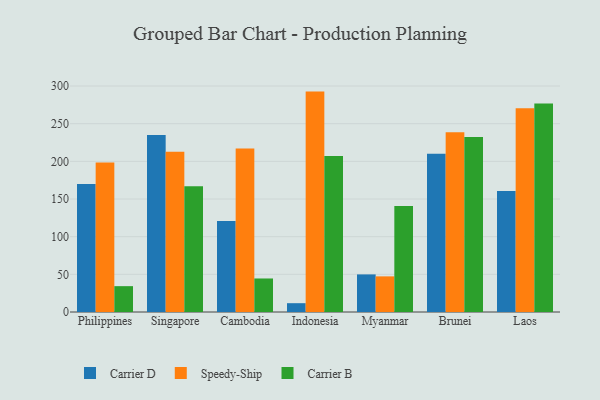
{"axis": {"x": "Country", "y": "Active Users"}, "legend": ["Carrier B", "Carrier D", "Speedy-Ship"], "data": [{"x": "Philippines", "y": 169.9, "type": "Carrier D"}, {"x": "Philippines", "y": 198.4, "type": "Speedy-Ship"}, {"x": "Philippines", "y": 34.3, "type": "Carrier B"}, {"x": "Singapore", "y": 234.9, "type": "Carrier D"}, {"x": "Singapore", "y": 212.9, "type": "Speedy-Ship"}, {"x": "Singapore", "y": 167.1, "type": "Carrier B"}, {"x": "Cambodia", "y": 120.9, "type": "Carrier D"}, {"x": "Cambodia", "y": 217.1, "type": "Speedy-Ship"}, {"x": "Cambodia", "y": 44.5, "type": "Carrier B"}, {"x": "Indonesia", "y": 11.7, "type": "Carrier D"}, {"x": "Indonesia", "y": 292.6, "type": "Speedy-Ship"}, {"x": "Indonesia", "y": 207.1, "type": "Carrier B"}, {"x": "Myanmar", "y": 49.9, "type": "Carrier D"}, {"x": "Myanmar", "y": 47.3, "type": "Speedy-Ship"}, {"x": "Myanmar", "y": 140.8, "type": "Carrier B"}, {"x": "Brunei", "y": 210.2, "type": "Carrier D"}, {"x": "Brunei", "y": 238.6, "type": "Speedy-Ship"}, {"x": "Brunei", "y": 232.3, "type": "Carrier B"}, {"x": "Laos", "y": 160.7, "type": "Carrier D"}, {"x": "Laos", "y": 270.5, "type": "Speedy-Ship"}, {"x": "Laos", "y": 276.7, "type": "Carrier B"}]}